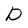
Character: D